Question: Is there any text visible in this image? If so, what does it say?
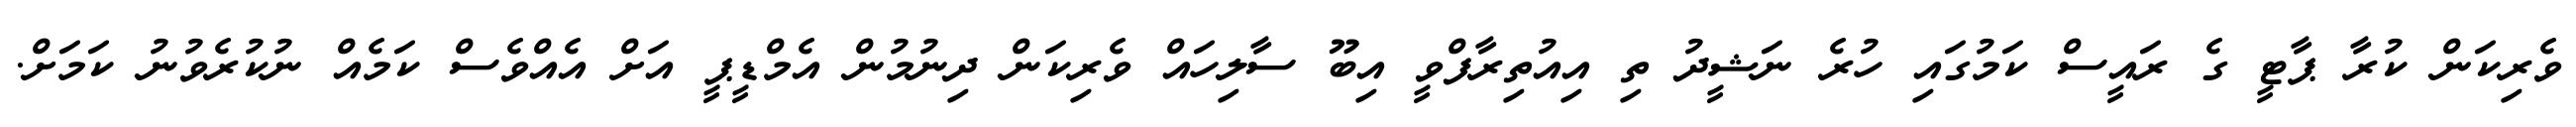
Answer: ވެރިކަން ކުރާ ޕާޓީ ގެ ރައީސް ކަމުގައި ހުރެ ނަޝީދު ތި އިއުތިރާފްވީ އިބޫ ސާލިހައް ވެރިކަން ދިނުމުން އެމްޑީޕީ އަށް އެއްވެސް ކަމެއް ނުކުރެވުނު ކަމަށް.